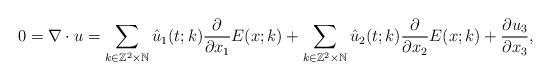
LaTeX: \begin{align*}0=\nabla \cdot u &=\sum_{k\in \mathbb{Z}^2 \times \mathbb{N}}\hat{u}_1(t;k)\frac{\partial}{\partial x_1} E(x;k)+\sum_{k\in \mathbb{Z}^2 \times \mathbb{N}}\hat{u}_2(t;k)\frac{\partial}{\partial x_2} E(x;k)+\frac{\partial u_3}{\partial x_3},\end{align*}